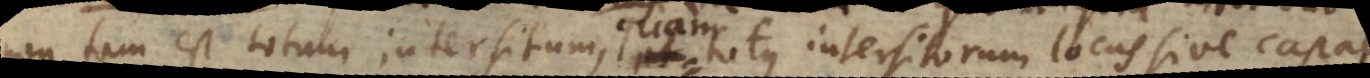
non tam est totum intersitum, at totus intersitorum locus sive capacitas.